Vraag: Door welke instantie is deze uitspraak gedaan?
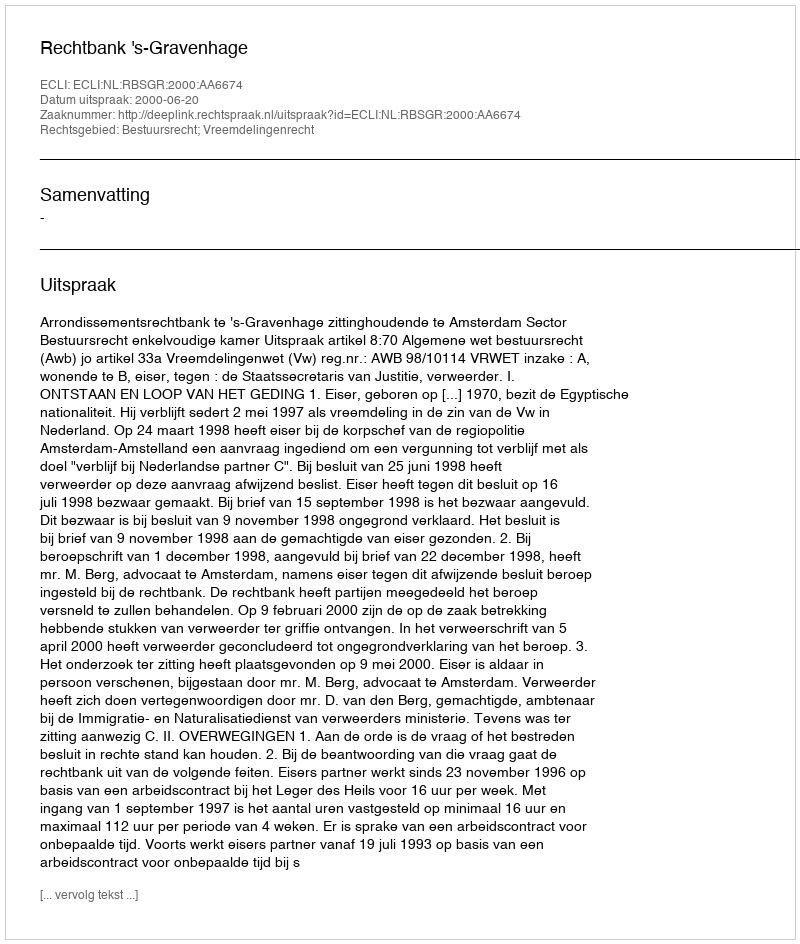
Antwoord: Rechtbank 's-Gravenhage